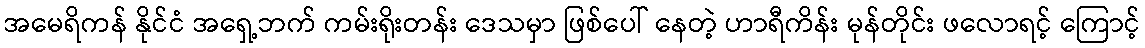
အမေရိကန် နိုင်ငံ အရှေ့ဘက် ကမ်းရိုးတန်း ဒေသမှာ ဖြစ်ပေါ် နေတဲ့ ဟာရီကိန်း မုန်တိုင်း ဖလောရင့် ကြောင့်